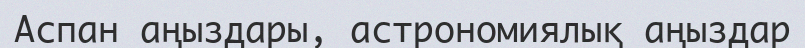
Аспан аңыздары, астрономиялық аңыздар